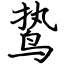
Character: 鸷